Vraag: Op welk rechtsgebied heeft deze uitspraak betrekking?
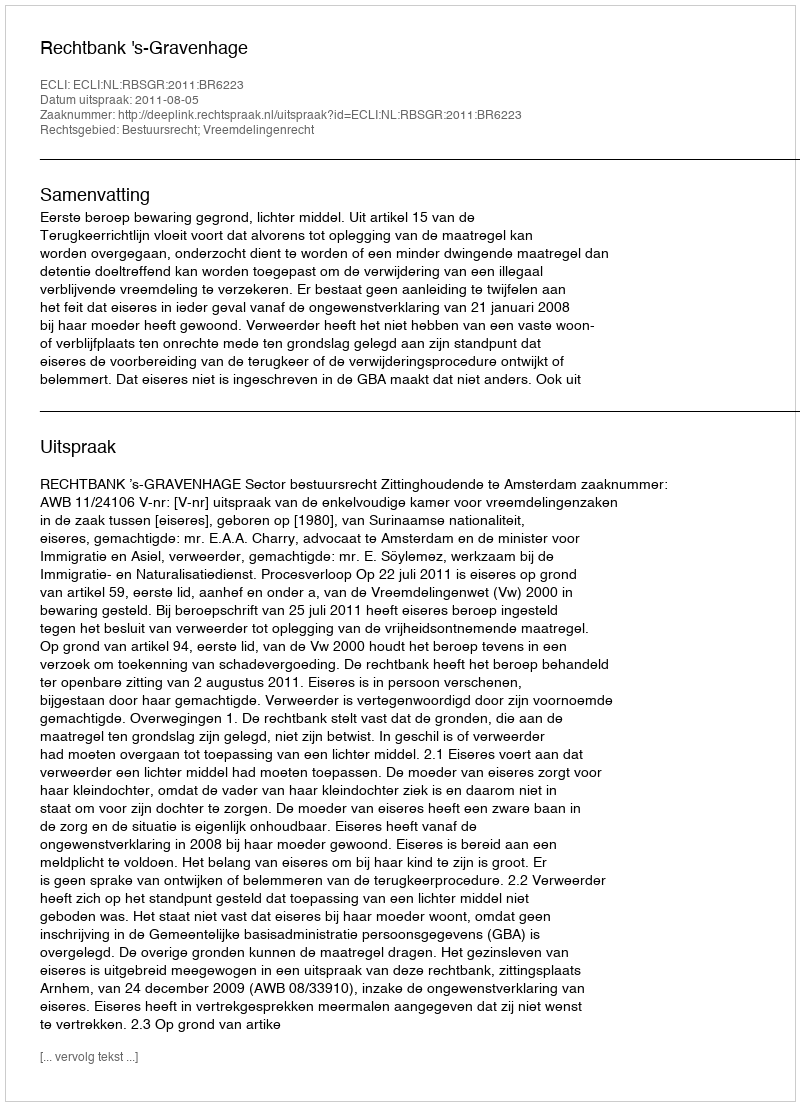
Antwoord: Bestuursrecht; Vreemdelingenrecht